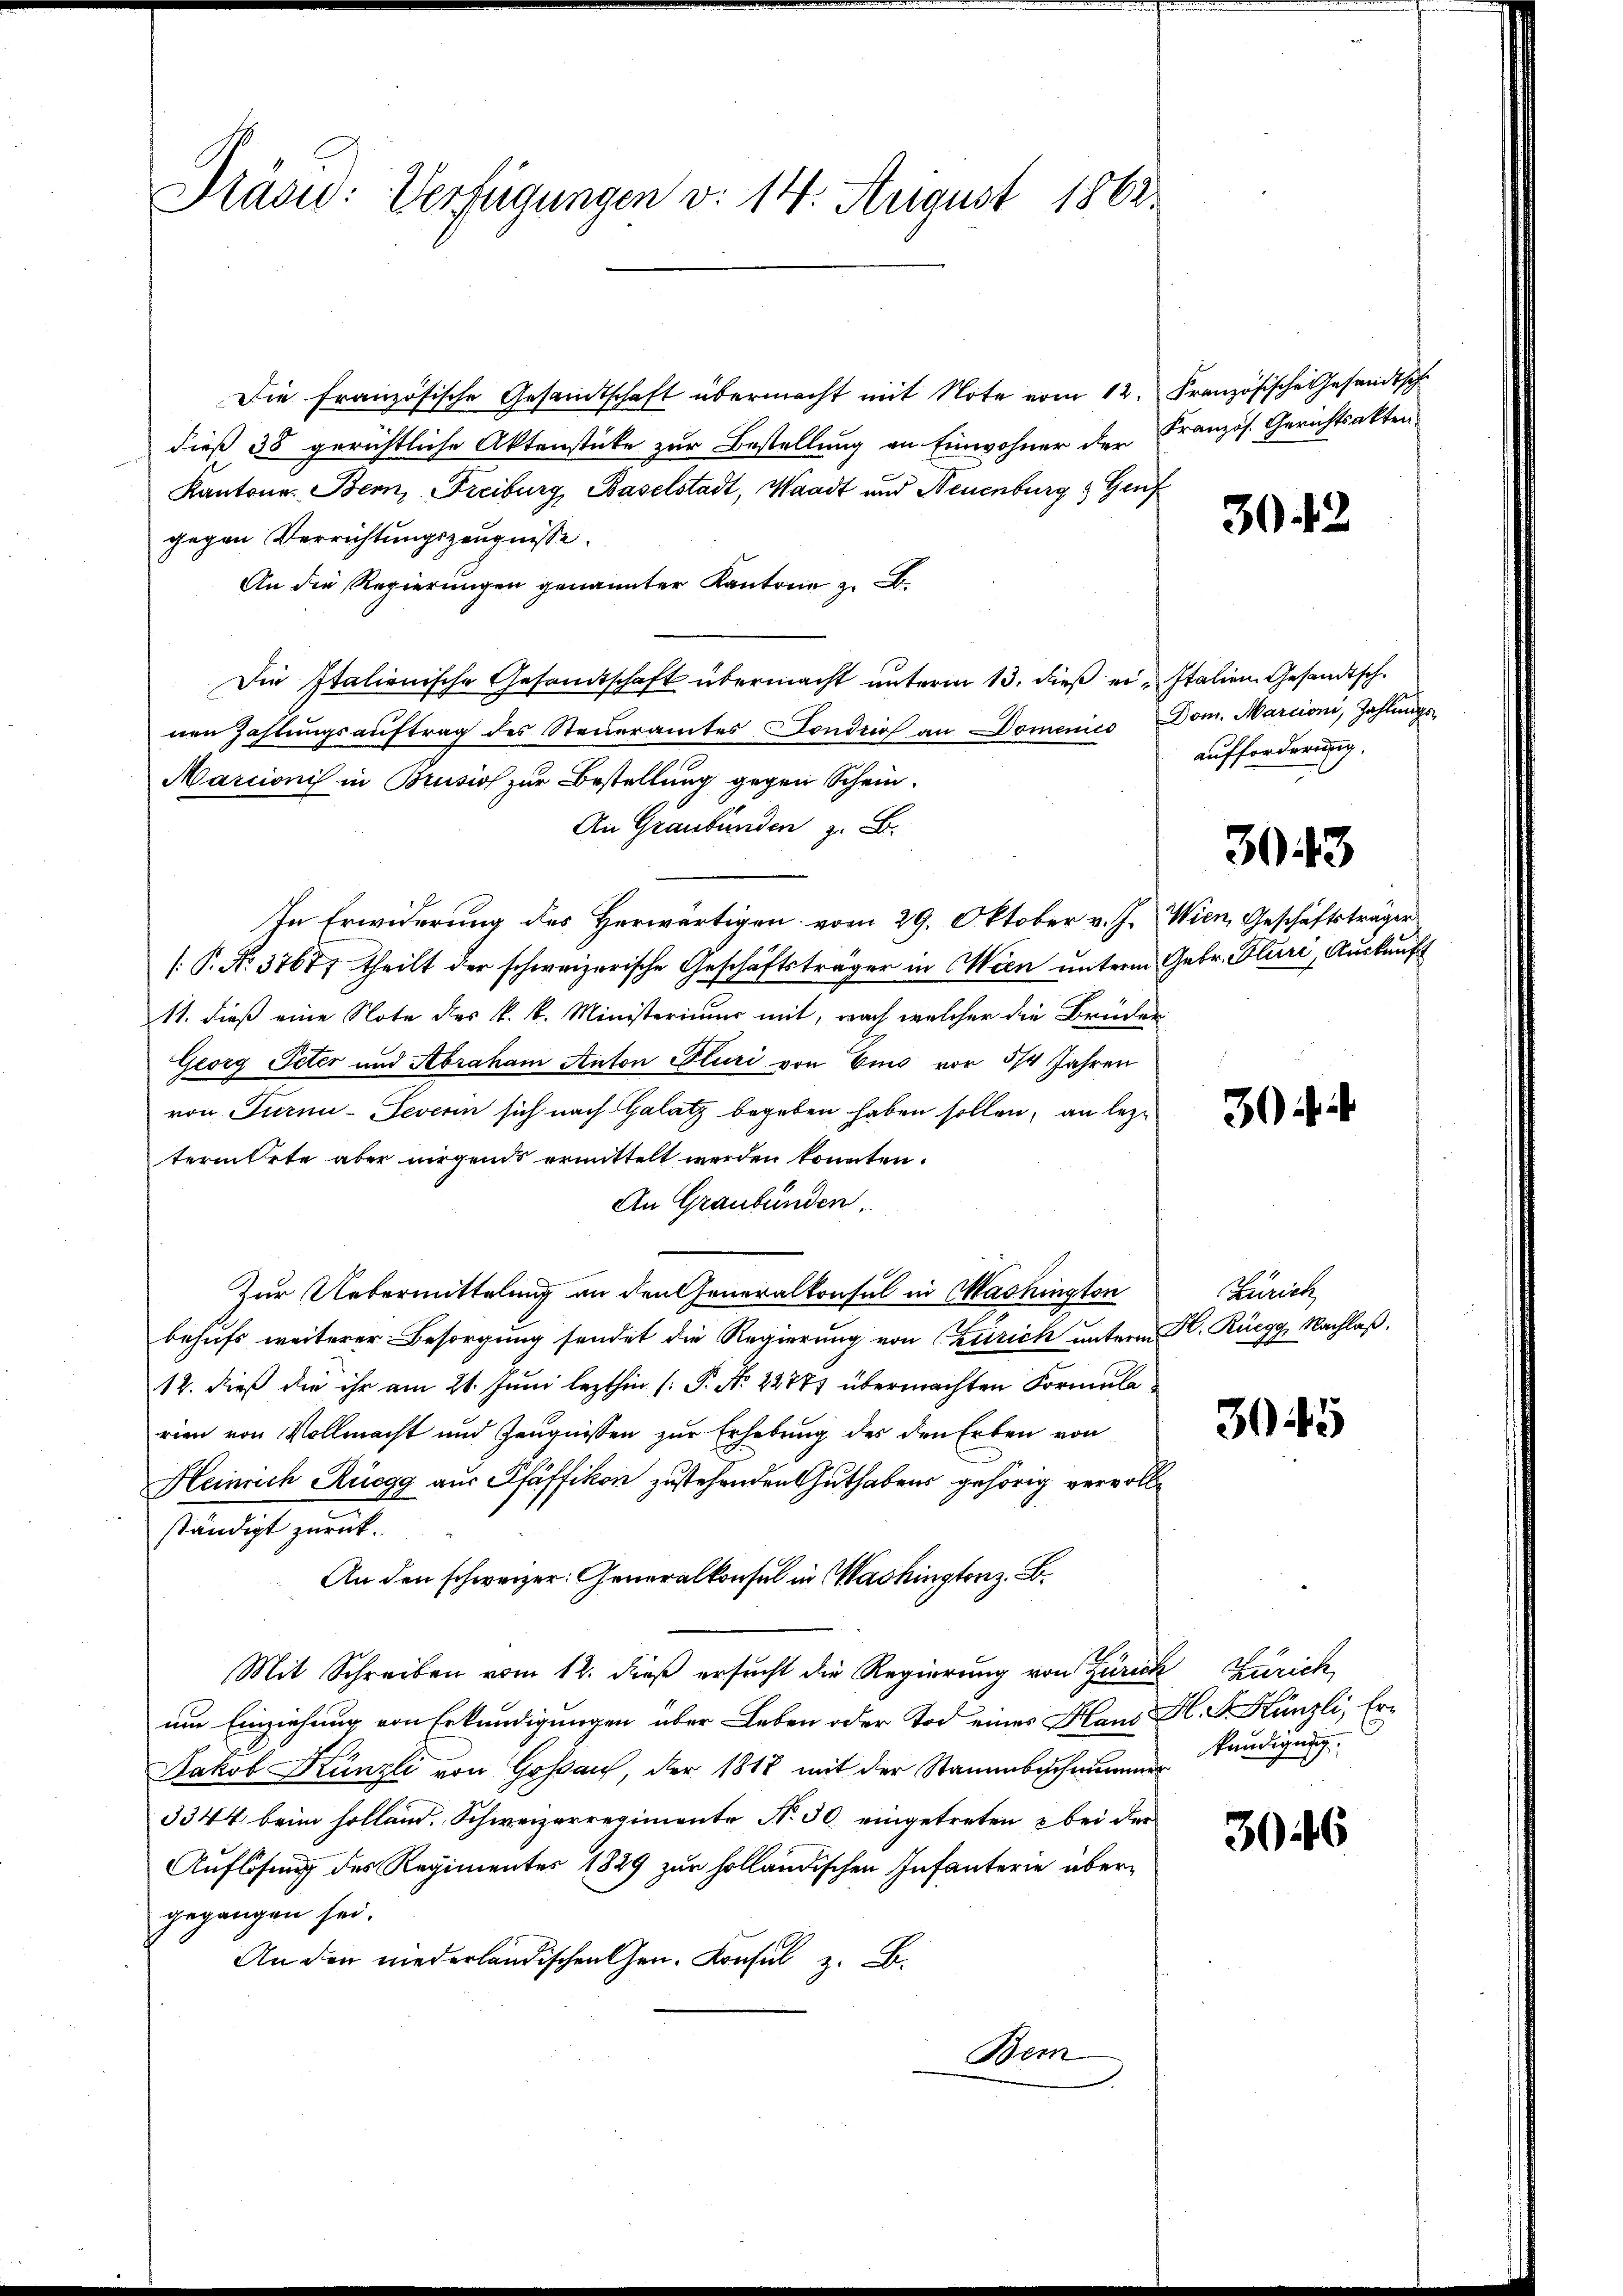
Präsid: Verfügungen v. 14. August 1862

Die französische Gesandtschaft übermacht mit Note vom 12. Französische Gesandtsch
dieß 38 gerichtliche Aktenstücke zur Bestellung an Einwohner der Französ. Gerichtsakten
Kantone Bern, Freiburg, Baselstadt, Waadt und Neuenburg & Genf
gegen Verrichtungszeugnisse.
An die Regierungen genannter Kantone z. B.
Die Italienische Gesandtschaft übermacht unterm 13. dieß er Italien Gesandtsch.
nen Zahlungsauftrag des Steueramtes Fonders an Domenico Dom. Marcioni, Zahlungs-
Marcionis in Brusios zur Bestellung gegen Schein¬
An Graubünden z. B.
In Erwiderung des Herwärtigen vom 29. Oktober v. J. Wien, Geschäftsträger
[P. No. 3767) theilt der schweizerische Geschäftsträger in Wien unterm Gebr. Fluri, Auskauft
11. dieß eine Note des k. k. Ministerium mit, nach welcher die Brüder
Georg Peter und Abraham Anton Pluri von Eino vor 3/4 Jahren
von Turn-Feverin sich nach Halatz begeben haben sollen, an lege
term Orte aber nirgends ermittelt werden konnten.
An Graubünden.
Zur Uebermittelung an den Generalkonsul in Washington
behufs weiterer Besorgung sendet die Regierung von Zürich unterm K. Rüegg, Nachlaß
12. dieß die ihr am 21. Juni lezthin [P. Nr. 22771 übermachten Formularien von Vollmacht und Zeugnissen zur Erhebung des den Erben von
Heinrich Rüegg aus Pfäffikon zustehenden Guthabens gehörig vervollständigt zurück.
An den schweizer. Generalkonsul in Washingtonz. B.
A
Mit Schreiben vom 12. dieß ersucht die Regierung von Zürich Zürich,
um Einziehung von Erkundigungen über Leben oder Tod eines Haus H. F. Künzli, Er¬
Jakob Künzli von Goßau, der 1818 mit der Stammbeschwankundigung
3344 beim Holland. Schweizerregimente No 30. eingetreten, & bei der
Auflösung des Regimentes 1829 zur holländischen Infanterie übergegangen sei.
An den niederländischen Gen. Konsul z. B.
Bern

302

aufforderung.

3043

Zürich

3045

3046